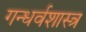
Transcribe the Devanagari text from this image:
गन्धर्वशास्त्र